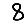
Digit: 8